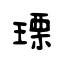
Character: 瑮